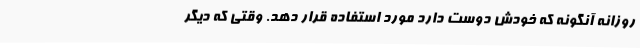
روزانه آنگونه که خودش دوست دارد مورد استفاده قرار دهد. وقتی که دیگر